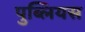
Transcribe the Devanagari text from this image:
पुब्लियस